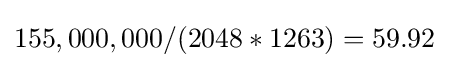
155,000,000/(2048*1263)=59.92